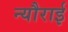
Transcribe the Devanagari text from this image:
न्यौराई